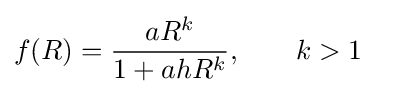
{\begin{aligned}f(R)&={\frac {aR^{k}}{1+ahR^{k}}},\;\;\;\;\;\;\;k>1\end{aligned}}